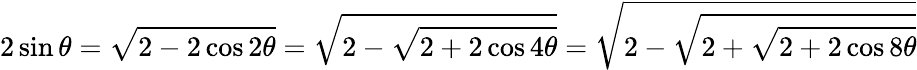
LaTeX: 2\sin\theta={\sqrt{2-2\cos 2\theta}}={\sqrt{2-{\sqrt{2+2\cos 4\theta}}}}={\sqrt{2-{\sqrt{2+{\sqrt{2+2\cos 8\theta}}}}}}